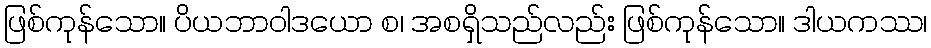
ဖြစ်ကုန်သော။ ပိယဘာဝါဒယော စ၊ အစရှိသည်လည်း ဖြစ်ကုန်သော။ ဒါယကဿ၊